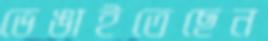
ভেঙাইতেছেন